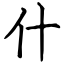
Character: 什